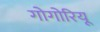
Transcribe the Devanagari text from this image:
गोगोरियू